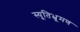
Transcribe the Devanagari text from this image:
स्यूतिभ्रूमण